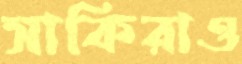
সাকিরাও